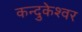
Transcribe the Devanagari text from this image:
कन्दुकेश्वर